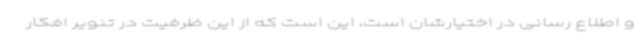
و اطلاع رسانی در اختیارشان است، این است که از این ظرفیت در تنویر افکار